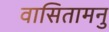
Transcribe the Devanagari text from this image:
वासितामनु